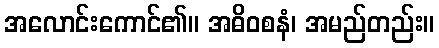
အလောင်းကောင်၏။ အဓိဝစနံ၊ အမည်တည်း။